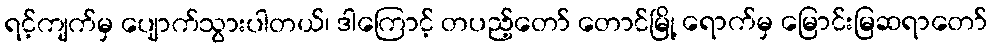
ရင့်ကျက်မှ ပျောက်သွားပါတယ်၊ ဒါကြောင့် တပည့်တော် တောင်မြို့ ရောက်မှ မြောင်းမြဆရာတော်